Annual report of the Imperial Bacteriologist
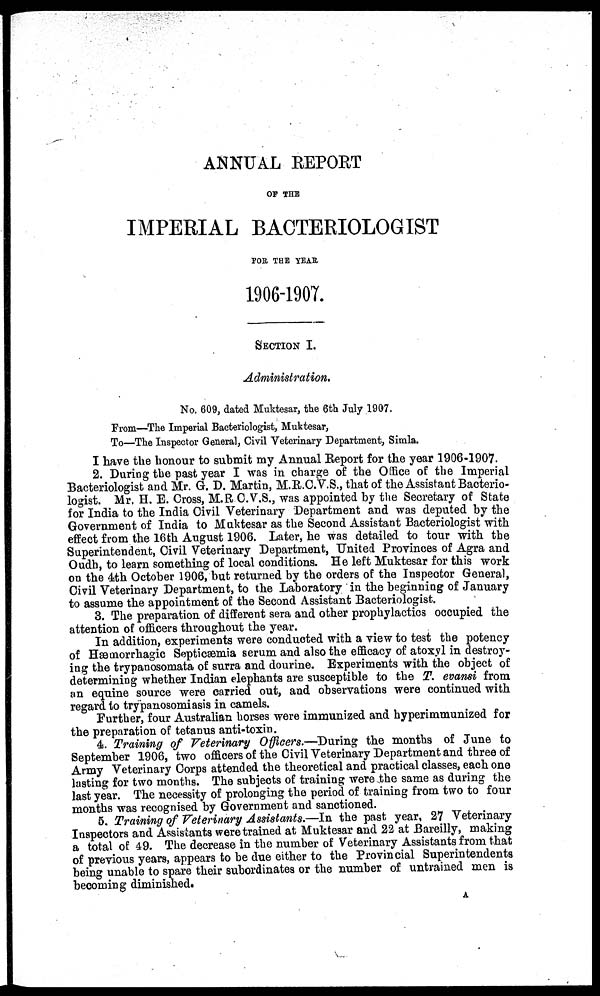
ANNUAL REPORT
OF THE
IMPERIAL BACTERIOLOGIST
FOR THE YEAR
1906-1907.
SECTION I.
Administration.
No. 609, dated Muktesar, the 6th July 1907.
From—The Imperial Bacteriologist, Muktesar,
To—The Inspector General, Civil Veterinary Department, Simla.
I have the honour to submit my Annual Report for the year 1906-1907.
2. During the past year I was in charge of the Office of the Imperial
Bacteriologist and Mr. G. D. Martin, M.R.C.V.S., that of the Assistant Bacterio-
logist. Mr. H. E. Cross, M.R C.V.S., was appointed by the Secretary of State
for India to the India Civil Veterinary Department and was deputed by the
Government of India to Muktesar as the Second Assistant Bacteriologist with
effect from the 16th August 1906. Later, he was detailed to tour with the
Superintendent, Civil Veterinary Department, United Provinces of Agra and
Oudh, to learn something of local conditions. He left Muktesar for this work
on the 4th October 1906, but returned by the orders of the Inspector General,
Civil Veterinary Department, to the Laboratory in the beginning of January
to assume the appointment of the Second Assistant Bacteriologist.
3. The preparation of different sera and other prophylactics occupied the
attention of officers throughout the year.
In addition, experiments were conducted with a view to test the potency
of Hæmorrhagic Septicæmia serum and also the efficacy of atoxyl in destroy-
ing the trypanosomata of surra and dourine. Experiments with the object of
determining whether Indian elephants are susceptible to the T. evansi from
an equine source were carried out, and observations were continued with
regard to trypanosomiasis in camels.
Further, four Australian horses were immunized and hyperimmunized for
the preparation of tetanus anti-toxin.
4. Training of Veterinary Officers.—During the months of June to
September 1906, two officers of the Civil Veterinary Department and three of
Army Veterinary Corps attended the theoretical and practical classes, each one
lasting for two months. The subjects of training were the same as during the
last year. The necessity of prolonging the period of training from two to four
months was recognised by Government and sanctioned.
5. Training of Veterinary Assistants.—In the past year, 27 Veterinary
Inspectors and Assistants were trained at Muktesar and 22 at Bareilly, making
a total of 49. The decrease in the number of Veterinary Assistants from that
of previous years, appears to be due either to the Provincial Superintendents
being unable to spare their subordinates or the number of untrained men is
becoming diminished.